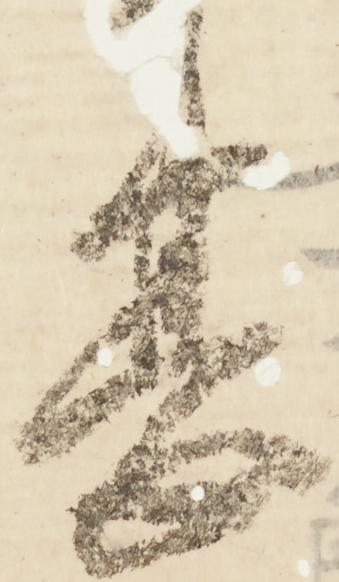
甚